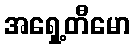
အရှေ့တီမော